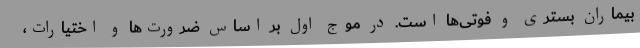
بیماران بستری و فوتی‌ها است. در موج اول بر اساس ضرورت‌ها و اختیارات،